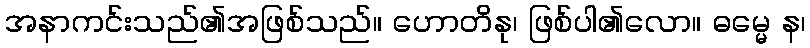
အနာကင်းသည်၏အဖြစ်သည်။ ဟောတိနု၊ ဖြစ်ပါ၏လော။ ဓမ္မေ န၊